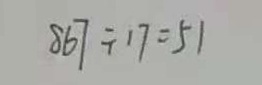
8 6 7 \div 1 7 = 5 1